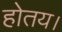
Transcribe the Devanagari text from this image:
होतय।